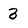
Character: 3